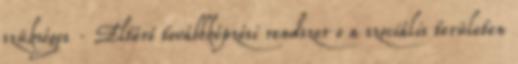
szükséges · Eltérő továbbképzési rendszer o a szociális területen